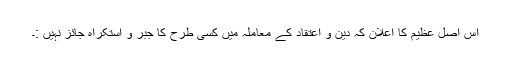
اس اصل عظیم کا اعلان کہ دین و اعتقاد کے معاملہ میں کسی طرح کا جبر و استکراہ جائز نہیں :۔